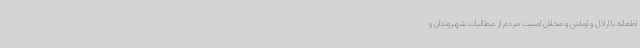
اطعانه با اراذل و اوباش و مخلان امنیت مردم از مطالبات شهروندان و